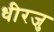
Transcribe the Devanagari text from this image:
धीरजु